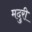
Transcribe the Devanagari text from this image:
मदुरी